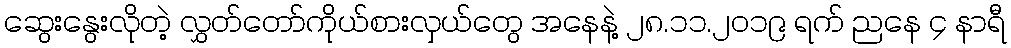
ဆွေးနွေးလိုတဲ့ လွှတ်တော်ကိုယ်စားလှယ်တွေ အနေနဲ့ ၂၈.၁၁.၂၀၁၉ ရက် ညနေ ၄ နာရီ